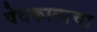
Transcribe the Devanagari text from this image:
वेदकालाचा